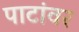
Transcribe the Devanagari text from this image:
पाटांवर